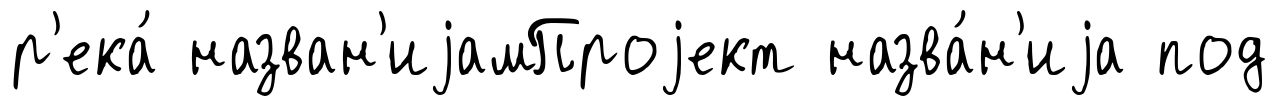
р'ека́ назван'иjамПроjект назва́н'иjа под